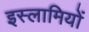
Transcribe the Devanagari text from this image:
इस्लामियों